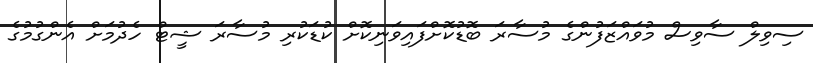
ސިވިލް ސާވިސް މުވައްޒަފުންގެ މުސާރަ ބޮޑުކޮށްފައިވަނިކޮށް ކުޑަކުރި މުސާރަ ޝީޓް ހެދުމަށް އެންގުމުގެ